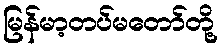
မြန်မာ့တပ်မတော်တို့